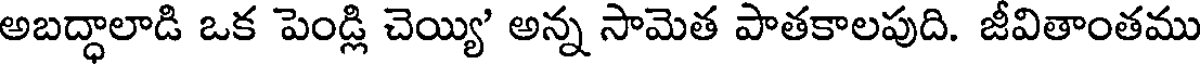
అబద్ధాలాడి ఒక పెండ్లి చెయ్యి' అన్న సామెత పాతకాలపుది. జీవితాంతము